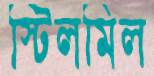
স্টিলমিল